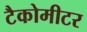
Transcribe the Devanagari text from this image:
टैकोमीटर